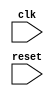
module IncrementalForLoop (
  input wire clk,
  input wire reset
);

reg [7:0] counter;

always @(posedge clk or posedge reset)
begin
  if (reset)
    counter <= 8'h00;
  else begin
    if (counter < 8'h0F)
      counter <= counter + 1;
  end
end

always @(posedge clk)
begin
  if (counter < 8'h0F)
    // Specific set of statements go here

  // Check for termination condition
  if (counter == 8'h0F)
    $display("Loop terminated");
end

endmodule